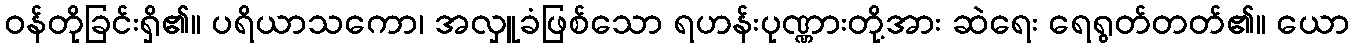
ဝန်တိုခြင်းရှိ၏။ ပရိယာသကော၊ အလှူခံဖြစ်သော ရဟန်းပုဏ္ဏားတို့အား ဆဲရေး ရေရွတ်တတ်၏။ ယော